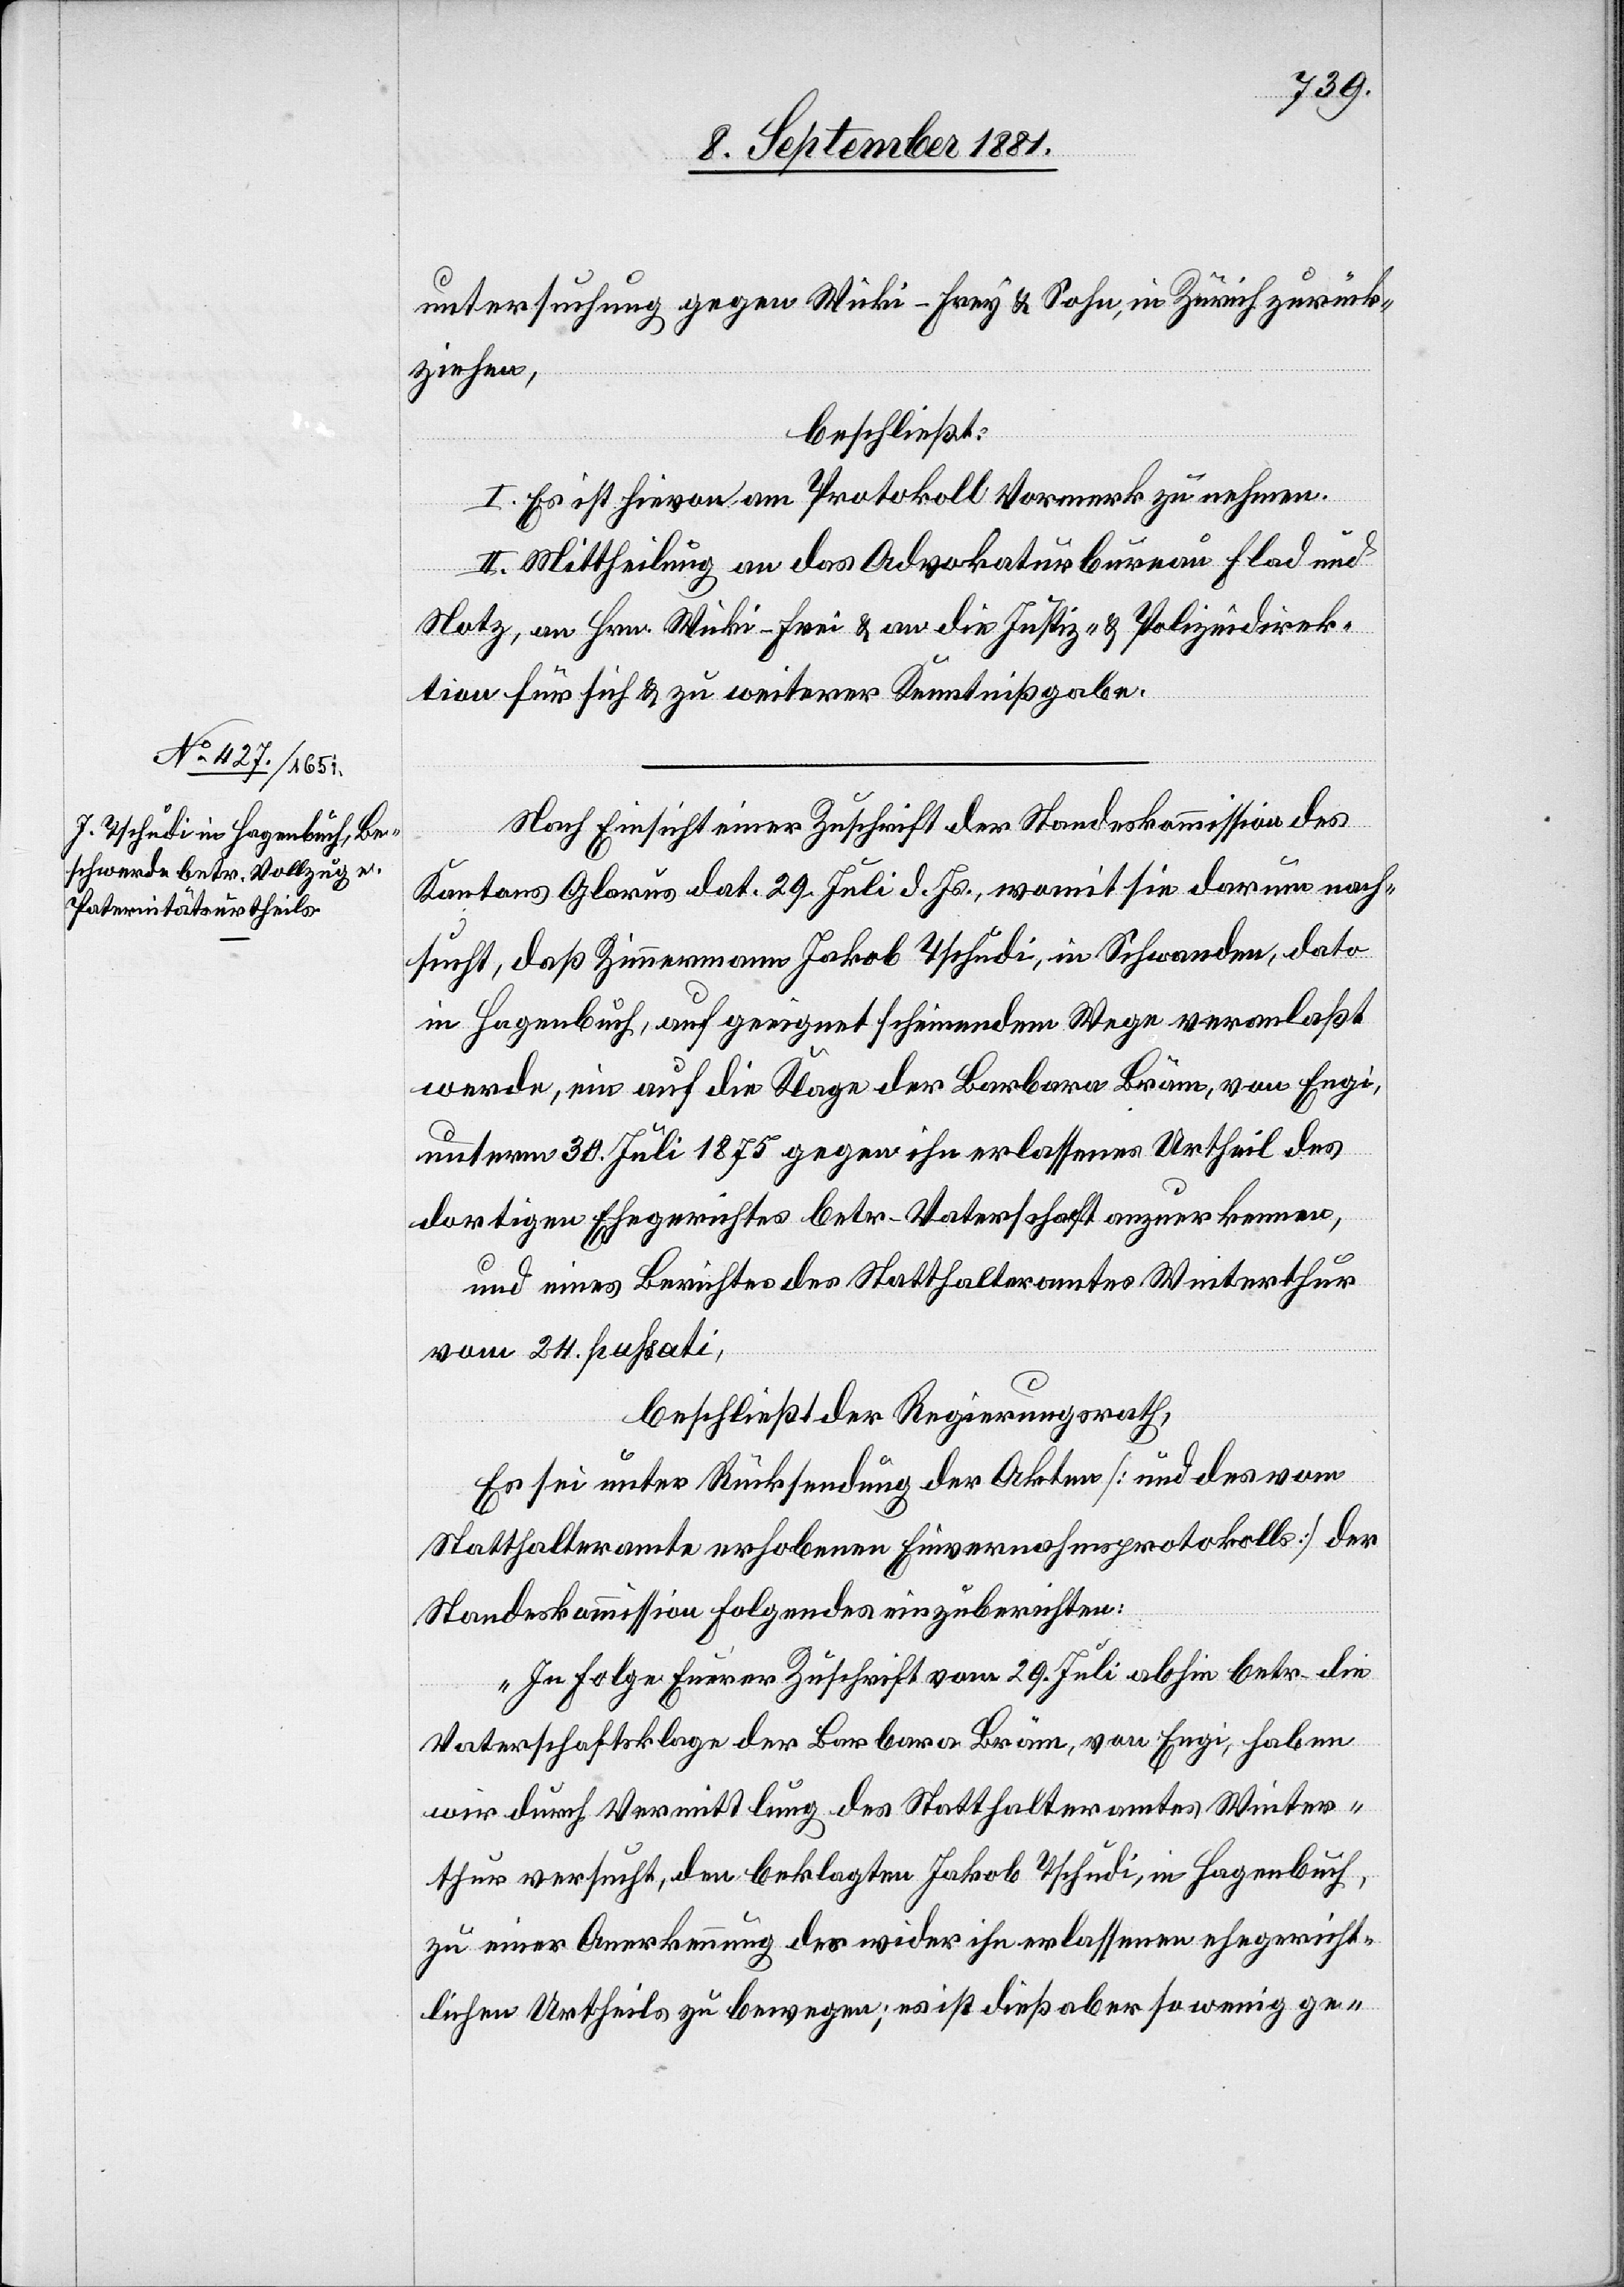
untersuchung gegen Wicki-Frey & Sohn, in Zürich zurück¬
ziehen,
beschließt:
I. Es ist hievon am Protokoll Vormerk zu nehmen.
II. Mittheilung an das Advokaturbureau Flad und
Notz, an Hrn. Wicki-Frei [sic!] & an die Justiz- & Polizeidirek¬
tion für sich & zu weiterer Kenntnißgabe.
Nach Einsicht einer Zuschrift der Standeskommission des
Kantons Glarus dat. 29. Juli d. Js., womit sie darum nach¬
sucht, daß Zimmermann Jakob Tschudi, in Schwanden, dato
in Habgenbuch, auf geeignet scheinendem Wege veranlaßt
werde, ein auf die Klage der Barbara Bräm, von Engi,
unterm 30. Juli 1875 gegen ihn erlassenes Urtheil des
dortigen Ehegerichtes betr. Vaterschaft anzuerkennen,
und eines Berichtes des Statthalteramtes Winterthur
vom 24. passati,
beschließt der Regierungsrath,
Es sei unter Rücksendung der Akten [und des vom
Statthalteramte erhobenen Einvernahmsprotokolls] der
Standeskommission Folgendes einzuberichten:
„In Folge Eurer Zuschrift vom 29. Juli abhin betr. die
Vaterschaftsklage der Barbara Bräm, von Engi, haben
wir durch Vermittlung des Statthalteramtes Winter¬
thur versucht, den beklagten Jakob Tschudi, in Hagenbuch,
zu einer Anerkennung des wider ihn erlassenen ehegericht¬
lichen Urtheils zu bewegen; es ist dieß aber so wenig ge-